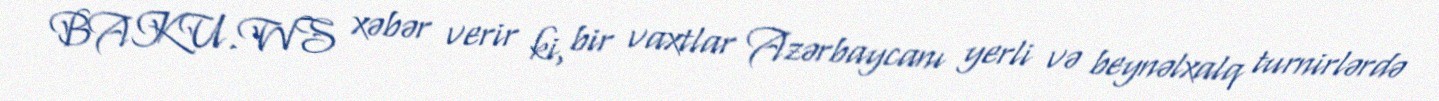
BAKU.WS xəbər verir ki, bir vaxtlar Azərbaycanı yerli və beynəlxalq turnirlərdə